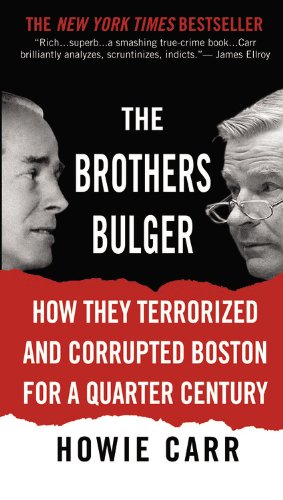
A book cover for The Brothers Bulger: How They Terrorized and Corrupted Boston for a Quarter Century; Howie Carr; Biographies & Memoirs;